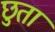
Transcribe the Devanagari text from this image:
छुता